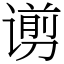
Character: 谫